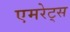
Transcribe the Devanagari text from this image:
एमरेट्स